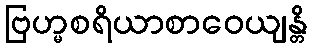
ဗြဟ္မစရိယာစာဝေယျန္တိ